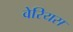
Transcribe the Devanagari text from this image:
वेरियस